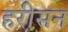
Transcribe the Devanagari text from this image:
हरीसन